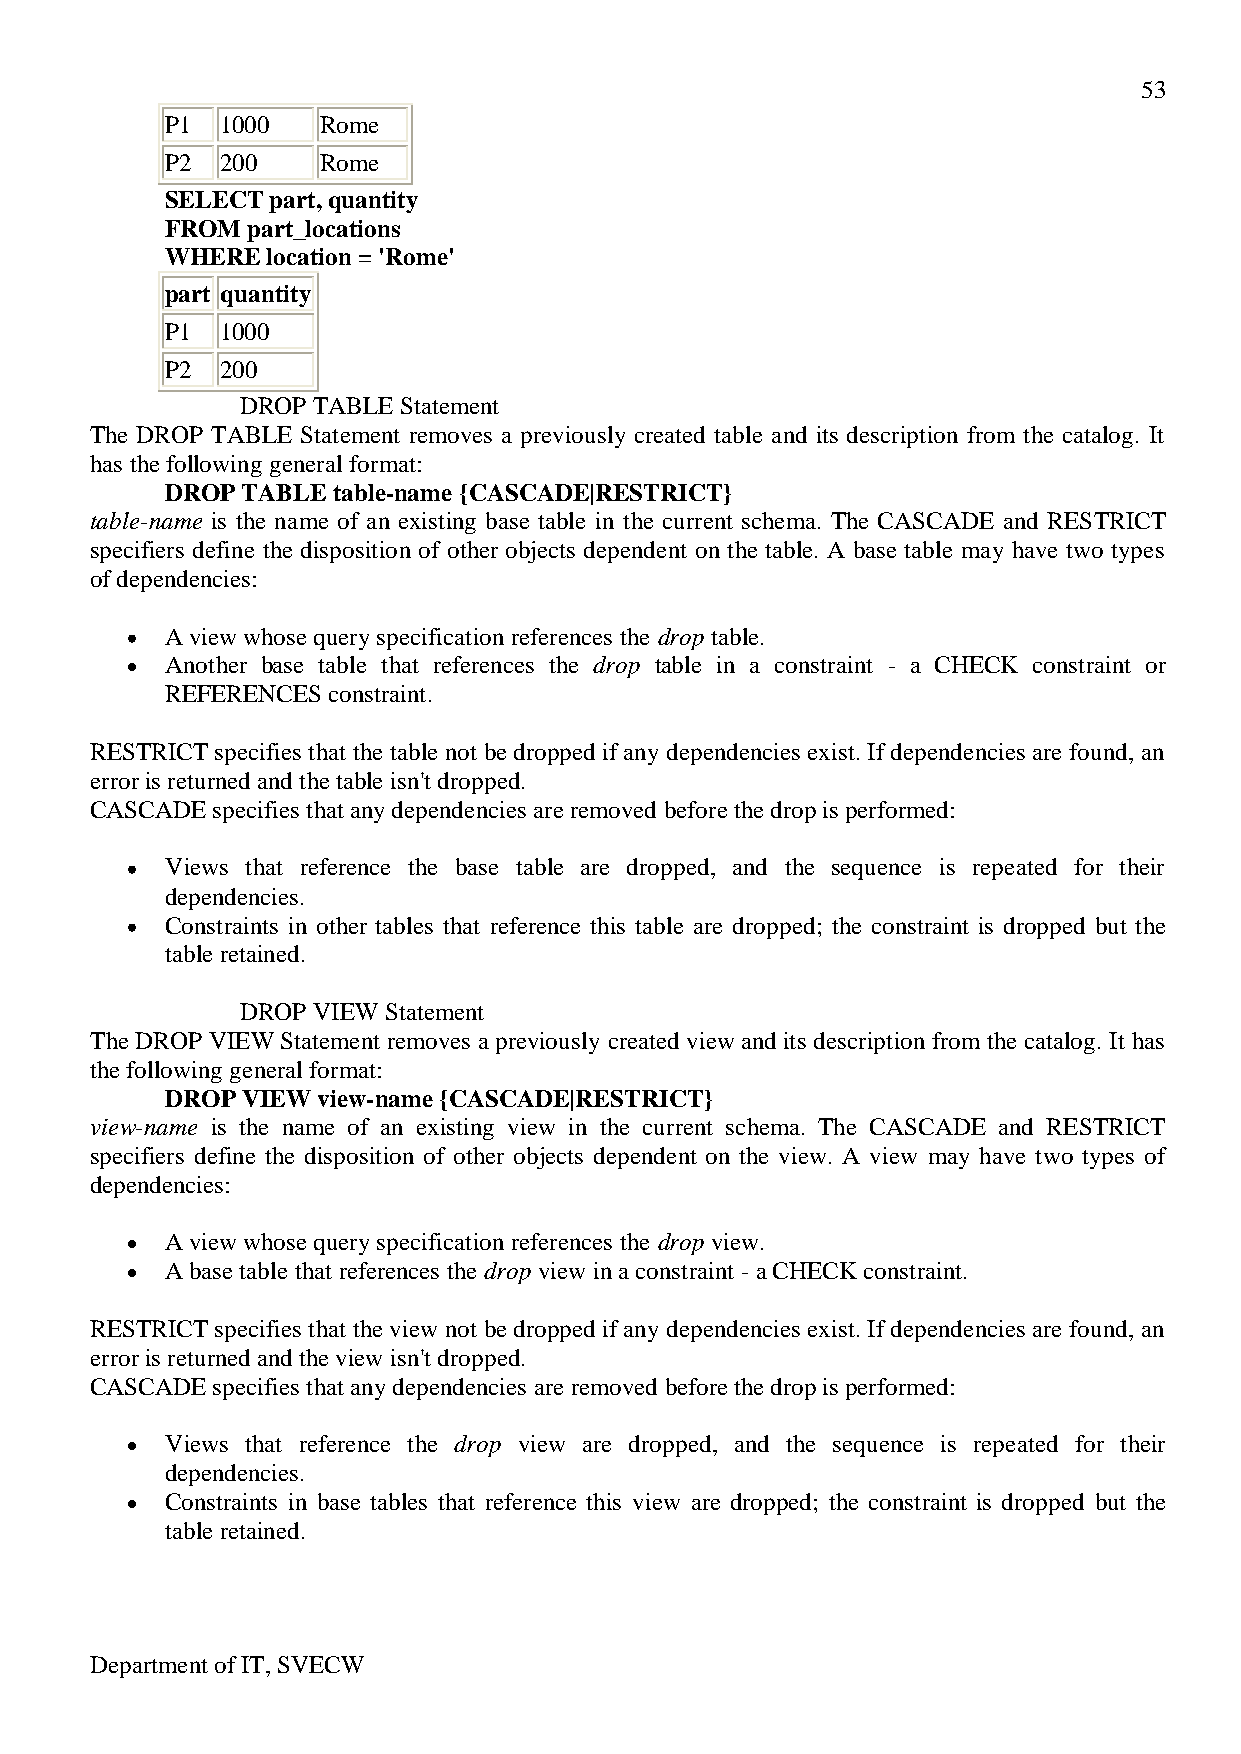
53
 P1  1000  Rome
 P2  200   Rome
 SELECT part, quantity
 FROM part_locations
 WHERE  location = 'Rome'
 part quantity
 P1  1000
 P2  200
 DROP TABLE Statement
 The DROP TABLE Statement removes a previously created table and its description from the catalog. It
 has the following general format:
 DROP TABLE table-name {CASCADE|RESTRICT}
 table-name is the name of an existing base table in the current schema. The CASCADE and RESTRICT
 specifiers define the disposition of other objects dependent on the table. A base table may have two types
 of dependencies:
 A view whose query specification references the drop table.
 Another base table that references the drop table in a constraint - a CHECK constraint or
 REFERENCES constraint.
 RESTRICT specifies that the table not be dropped if any dependencies exist. If dependencies are found, an
 error is returned and the table isn't dropped.
 CASCADE specifies that any dependencies are removed before the drop is performed:
 Views that reference the base table are dropped, and the sequence is repeated for their
 dependencies.
 Constraints in other tables that reference this table are dropped; the constraint is dropped but the
 table retained.
 DROP VIEW Statement
 The DROP VIEW Statement removes a previously created view and its description from the catalog. It has
 the following general format:
 DROP VIEW view-name {CASCADE|RESTRICT}
 view-name is the name of an existing view in the current schema. The CASCADE and RESTRICT
 specifiers define the disposition of other objects dependent on the view. A view may have two types of
 dependencies:
 A view whose query specification references the drop view.
 A base table that references the drop view in a constraint - a CHECK constraint.
 RESTRICT specifies that the view not be dropped if any dependencies exist. If dependencies are found, an
 error is returned and the view isn't dropped.
 CASCADE specifies that any dependencies are removed before the drop is performed:
 Views that reference the drop view are dropped, and the sequence is repeated for their
 dependencies.
 Constraints in base tables that reference this view are dropped; the constraint is dropped but the
 table retained.
 Department of IT, SVECW